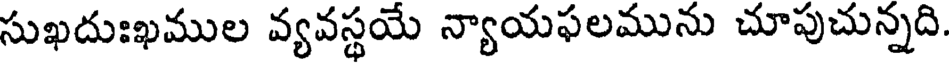
సుఖదుఃఖముల వ్యవస్థయే న్యాయఫలమును చూపుచున్నది.